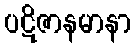
ပဋိဇာနမာနာ